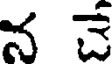
న చే